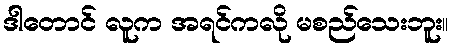
ဒါတောင် လူက အရင်ကလို မစည်သေးဘူး။